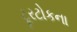
ટૂરટોકના